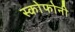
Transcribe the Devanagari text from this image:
स्कोफोनी